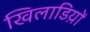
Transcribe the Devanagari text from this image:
खिलाडिय़ों